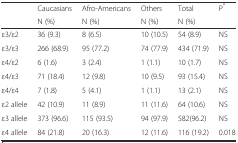
<table><thead><tr><td rowspan="2"></td><td><b>Caucasians</b></td><td><b>Afro-Americans</b></td><td><b>Others</b></td><td><b>Total</b></td><td rowspan="2"><b>P<sup>*</sup></b></td></tr><tr><td><b>N (%)</b></td><td><b>N (%)</b></td><td><b>N (%)</b></td><td><b>N (%)</b></td></tr></thead><tbody><tr><td>ε3/ε2</td><td>36 (9.3)</td><td>8 (6.5)</td><td>10 (10.5)</td><td>54 (8.9)</td><td>NS</td></tr><tr><td>ε3/ε3</td><td>266 (68.9)</td><td>95 (77.2)</td><td>74 (77.9)</td><td>434 (71.9)</td><td>NS</td></tr><tr><td>ε4/ε2</td><td>6 (1.6)</td><td>3 (2.4)</td><td>1 (1.1)</td><td>10 (1.7)</td><td>NS</td></tr><tr><td>ε4/ε3</td><td>71 (18.4)</td><td>12 (9.8)</td><td>10 (9.5)</td><td>93 (15.4)</td><td>NS</td></tr><tr><td>ε4/ε4</td><td>7 (1.8)</td><td>5 (4.1)</td><td>1 (1.1)</td><td>13 (2.1)</td><td>NS</td></tr><tr><td>ε2 allele</td><td>42 (10.9)</td><td>11 (8.9)</td><td>11 (11.6)</td><td>64 (10.6)</td><td>NS</td></tr><tr><td>ε3 allele</td><td>373 (96.6)</td><td>115 (93.5)</td><td>94 (97.9)</td><td>582(96.2)</td><td>NS</td></tr><tr><td>ε4 allele</td><td>84 (21.8)</td><td>20 (16.3)</td><td>12 (11.6)</td><td>116 (19.2)</td><td>0.018</td></tr></tbody></table>